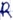
Text: R